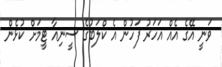
ވަނީ އޭގެ އެއް އަހަރު ފަހުން އެ ކްލަބުގެ ސީނިއާ ޓީމަށް ކުޅެން